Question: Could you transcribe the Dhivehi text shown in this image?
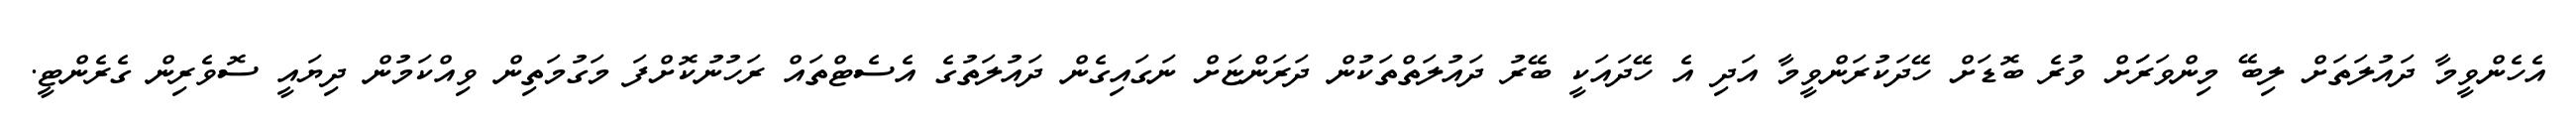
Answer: އެހެންވީމާ ދައުލަތަށް ލިބޭ މިންވަރަަށް ވުރެ ބޮޑަށް ހޭދަކުރަންވީމާ އަދި އެ ހޭދައަކީ ބޭރު ދައުލަތްތަކުން ދަރަންޏަށް ނަގައިގެން ދައުލަތުގެ އެސެޓްތައް ރަހުނުކޮށްފަ މަގުމަތިން ވިއްކަމުން ދިޔައީ ސޮވެރިން ގެރެންޓީ.